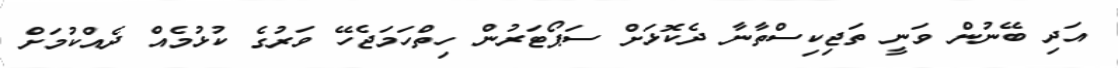
އަދި ބޭނުން ވަނީ ތަޖިކިސްތާނާ ދެކޮޅަށް ސަޕޯޓަރުން ހިތްހަމަޖެހޭ ވަރުގެ ކުޅުމެއް ދެއްކުމަށް